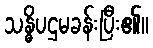
သန္ဓိပဌမခန်းပြီး၏။